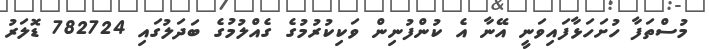
މުސްތަފާ ހުށަހަޅާފައިވަނީ އޭނާ އެ ކުންފުނިން ވަކިކުރުމުގެ ގެއްލުމުގެ ބަދަލުގައި 782724 ޑޮލަރު